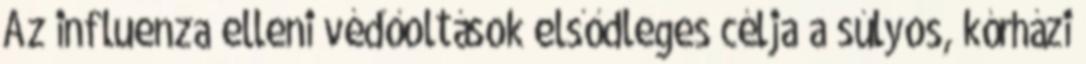
Az influenza elleni védőoltások elsődleges célja a súlyos, kórházi